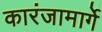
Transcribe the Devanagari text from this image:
कारंजामार्गे